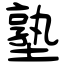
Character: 塾